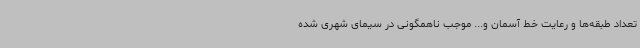
تعداد طبقه‌ها و رعایت خط آسمان و... موجب ناهمگونی در سیمای شهری شده